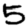
Digit: 5